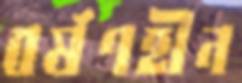
বর্ষণহীন